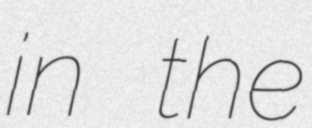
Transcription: in the